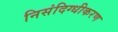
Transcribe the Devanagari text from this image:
निसंदिग्धीकरण